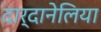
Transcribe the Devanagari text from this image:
दार्दानेलिया